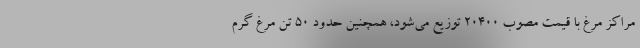
مراکز مرغ با قیمت مصوب ۲۰۴۰۰ توزیع می‌شود، همچنین حدود ۵۰ تن مرغ گرم